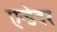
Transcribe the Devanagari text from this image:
एन्डेवर